Report of the Indian Hemp Drugs Commission, 1894-1895 - Volume II
Year: 1894
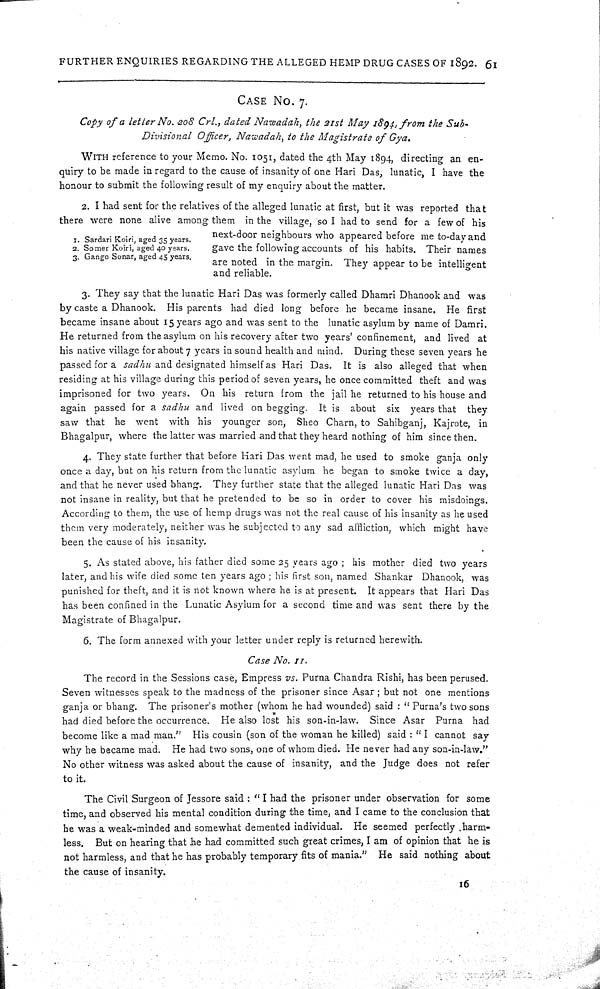
FURTHER ENQUIRIES REGARDING THE ALLEGED HEMP DRUG CASES OF 1892. 61
CASE NO. 7.
Copy of a letter No. 208 Crl., dated Nawadah, the 21st May 1894, from the Sub-
Divisional
Officer, Nawadah, to the Magistrate of Gya.
WITH reference to your Memo. No. 1051, dated the 4th May 1894, directing an en-
quiry to be made in regard to the cause of insanity of one Hari Das, lunatic, I have the
honour to submit the following result of my enquiry about the matter.
1. Sardari Koiri, aged 35 years.
2. Somer Koiri, aged 40 years.
3. Gango Sonar, aged 45 years.
2. I had sent for the relatives of the alleged lunatic at first, but it was reported that
there were none alive among them in the village, so I had to send for a few of his
next-door neighbours who appeared before me to-day and
gave the following accounts of his habits. Their names
are noted in the margin. They appear to be intelligent
and reliable.
3. They say that the lunatic Hari Das was formerly called Dhamri Dhanook and was
by caste a Dhanook. His parents had died long before he became insane. He first
became insane about 15 years ago and was sent to the lunatic asylum by name of Damri.
He returned from the asylum on his recovery after two years' confinement, and lived at
his native village for about 7 years in sound health and mind. During these seven years he
passed for a sadhu and designated himself as Hari Das. It is also alleged that when
residing at his village during this period of seven years, he once committed theft and was
imprisoned for two years. On his return from the jail he returned to his house and
again passed for a sadhu and lived on begging. It is about six years that they
saw that he went with his younger son, Sheo Charn, to Sahibganj, Kajrote, in
Bhagalpur, where the latter was married and that they heard nothing of him since then.
4. They state further that before Hari Das went mad, he used to smoke ganja only
once a day, but on his return from the lunatic asylum he began to smoke twice a day,
and that he never used bhang. They further state that the alleged lunatic Hari Das was
not insane in reality, but that he pretended to be so in order to cover his misdoings.
According to them, the use of hemp drugs was not the real cause of his insanity as he used
them very moderately, neither was he subjected to any sad affliction, which might have
been the cause of his insanity.
5. As stated above, his father died some 25 years ago; his mother died two years
later, and his wife died some ten years ago; his first son, named Shankar Dhanook, was
punished for theft, and it is not known where he is at present. It appears that Hari Das
has been confined in the Lunatic Asylum for a second time and was sent there by the
Magistrate of Bhagalpur.
6. The form annexed with your letter under reply is returned herewith.
Case No. 11.
The record in the Sessions case, Empress vs. Purna Chandra Rishi, has been perused.
Seven witnesses speak to the madness of the prisoner since Asar; but not one mentions
ganja or bhang. The prisoner's mother (whom he had wounded) said: "Purna's two sons
had died before the occurrence. He also lost his son-in-law. Since Asar Purna had
become like a mad man." His cousin (son of the woman he killed) said: "I cannot say
why he became mad. He had two sons, one of whom died. He never had any son-in-law."
No other witness was asked about the cause of insanity, and the Judge does not refer
to it.
The Civil Surgeon of Jessore said: "I had the prisoner under observation for some
time, and observed his mental condition during the time, and I came to the conclusion that
he was a weak-minded and somewhat demented individual. He seemed perfectly harm-
less. But on hearing that he had committed such great crimes, I am of opinion that he is
not harmless, and that he has probably temporary fits of mania." He said nothing about
the cause of insanity.
16